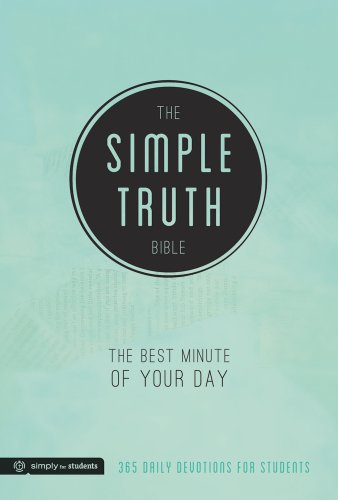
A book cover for The Simple Truth Bible: The Best Minute of Your Day; Group Publishing; Christian Books & Bibles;